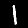
Label: 1